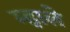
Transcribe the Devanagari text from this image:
म्हाले